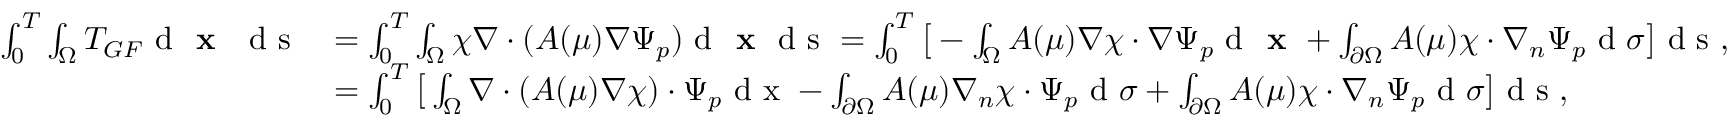
\begin{array} { r l } { \int _ { 0 } ^ { T } \int _ { \Omega } T _ { G F } \textrm { d \textbf { x } \ d s } } & { = \int _ { 0 } ^ { T } \int _ { \Omega } \chi \nabla \cdot ( A ( \mu ) \nabla \Psi _ { p } ) \textrm { d } \textbf { x } \textrm { d s } = \int _ { 0 } ^ { T } \big [ - \int _ { \Omega } A ( \mu ) \nabla \chi \cdot \nabla \Psi _ { p } \textrm { d } \textbf { x } + \int _ { \partial \Omega } A ( \mu ) \chi \cdot \nabla _ { n } \Psi _ { p } \textrm { d } \sigma \big ] \textrm { d s } , } \\ & { = \int _ { 0 } ^ { T } \big [ \int _ { \Omega } \nabla \cdot ( A ( \mu ) \nabla \chi ) \cdot \Psi _ { p } \textrm { d x } - \int _ { \partial \Omega } A ( \mu ) \nabla _ { n } \chi \cdot \Psi _ { p } \textrm { d } \sigma + \int _ { \partial \Omega } A ( \mu ) \chi \cdot \nabla _ { n } \Psi _ { p } \textrm { d } \sigma \big ] \textrm { d s } , } \end{array}